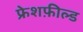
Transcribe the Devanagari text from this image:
फ्रेशफ़ील्ड